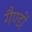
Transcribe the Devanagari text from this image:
गैण्डों